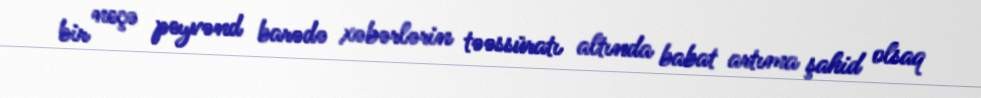
bir neçə peyvənd barədə xəbərlərin təəssüratı altında babat artıma şahid olsaq